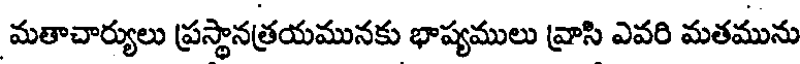
మతాచార్యులు ప్రస్థానత్రయమునకు భాష్యములు వ్రాసి ఎవరి మతమును